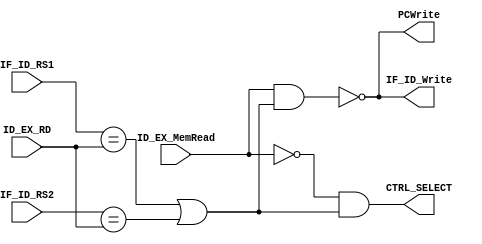
module Hazard_detection_unit(
    input ID_EX_MemRead,
    input [4:0]IF_ID_RS1,
    input [4:0]IF_ID_RS2,
    input [4:0]ID_EX_RD,
    output PCWrite,
    output IF_ID_Write,
    output CTRL_SELECT);
    //rdRS1RS2RDPCWrite0PC
    assign PCWrite = !((ID_EX_MemRead == 1) && ((IF_ID_RS1 == ID_EX_RD) || (IF_ID_RS2 == ID_EX_RD)));
    //rdRS1RS2RDIF_ID_Write0IF_ID
    assign IF_ID_Write = !((ID_EX_MemRead == 1) && ((IF_ID_RS1 == ID_EX_RD) || (IF_ID_RS2 == ID_EX_RD)));
    //rdRS1RS2RDCTRL_SELECT0
    assign CTRL_SELECT = !(ID_EX_MemRead == 1) && ((IF_ID_RS1 == ID_EX_RD) || (IF_ID_RS2 == ID_EX_RD));

endmodule